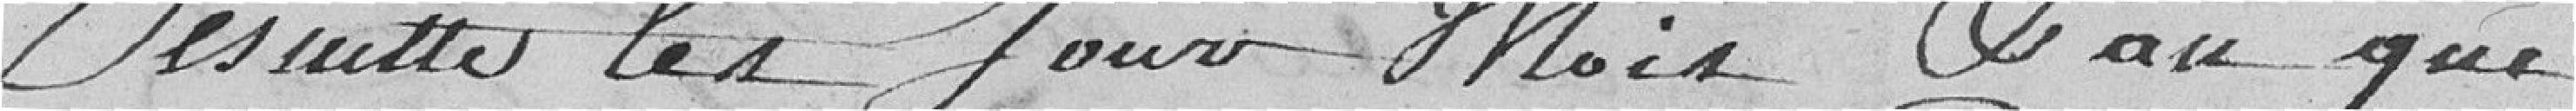
De suite les jour mois, et au que